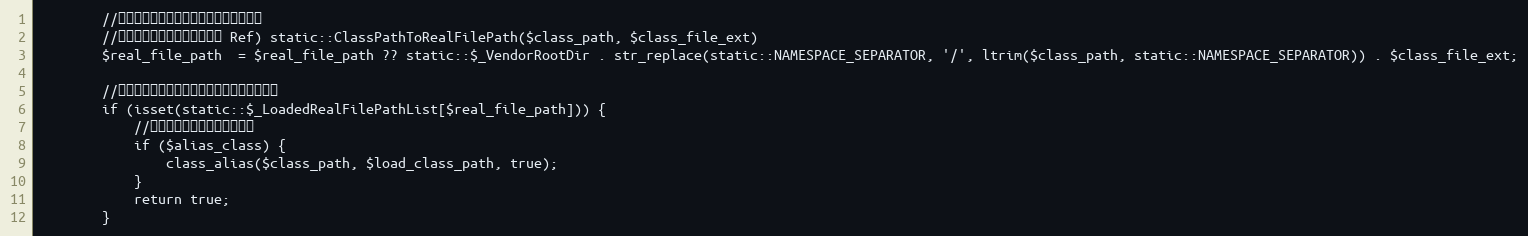
Language: PHP
		//クラスパスをリアルファイルパスに変換
		//パフォーマンスチューニング Ref) static::ClassPathToRealFilePath($class_path, $class_file_ext)
		$real_file_path  = $real_file_path ?? static::$_VendorRootDir . str_replace(static::NAMESPACE_SEPARATOR, '/', ltrim($class_path, static::NAMESPACE_SEPARATOR)) . $class_file_ext;

		//ファイルがロードされていない場合のみ実行
		if (isset(static::$_LoadedRealFilePathList[$real_file_path])) {
			//クラスエイリアスを設定する
			if ($alias_class) {
				class_alias($class_path, $load_class_path, true);
			}
			return true;
		}